Scottish Certificate of Education, 1962
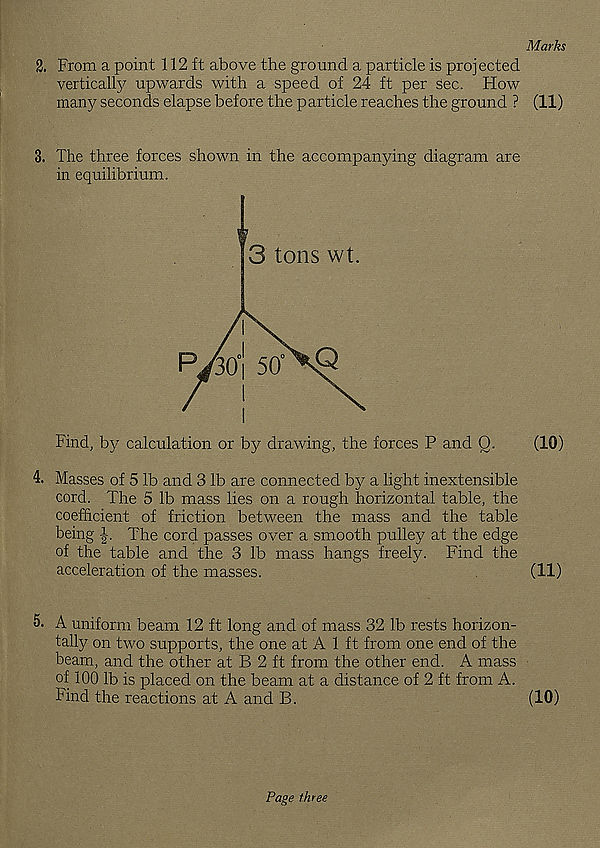
Marks
2. From a point 112 ft above the ground a particle is projected
vertically upwards with a speed of 24 ft per Sec. How
many seconds elapse before the particle reaches the ground ? (11)
3. The three forces shown in the accompanying diagram are
in equilibrium.
Find, by calculation or by drawing, the forces P and O.
(10)
4. Masses of 5 lb and 3 lb are connected b}^ a light inextensible
cord. The 5 lb mass lies on a rough horizontal table, the
coefficient of friction between the mass and the table
being i. The cord passes over a smooth pulley at the edge
of the table and the 3 lb mass hangs freely. Find the
acceleration of the masses.
(11)
5. A uniform beam 12 ft long and of mass 32 lb rests horizon-
tally on two supports, the one at A 1 ft from one end of the
beam, and the other at B 2 ft from the other end. A mass
of 100 lb is placed on the beam at a distance of 2 ft from A.
Find the reactions at A and B.
(10)
Page three